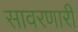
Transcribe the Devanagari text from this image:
सावरणारी